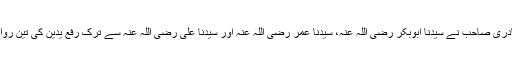
تنبیہ: طاہر القادری صاحب نے سیدنا ابوبکر رضی اللہ عنہ، سیدنا عمر رضی اللہ عنہ اور سیدنا علی رضی اللہ عنہ سے ترک رفع یدین کی تین روایات لکھی ہیں۔